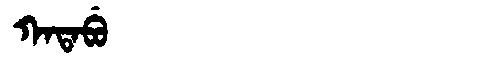
Manchu: ᡴᠠᡨᠠᠪᡠ
Romanization: KATABU